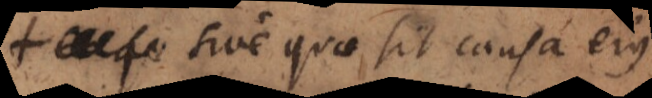
sive quae sit causa ejus